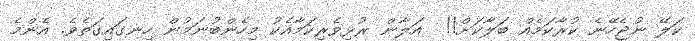
ކަލޭ ނުޖެހޭނެ ކުރާކަމެއް ބަލާކަށް!!  އަލާން ރުޅިވެރިކަމާއެކު މިހެންބުނަމުން ހިނގައިގަތެވެ. އެންމެ